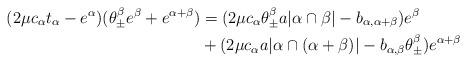
LaTeX: \begin{align*}(2\mu c_\alpha t_\alpha - e^\alpha)(\theta^\beta_\pm e^\beta + e^{\alpha+\beta}) &= (2\mu c_\alpha \theta^\beta_\pm a |\alpha \cap \beta| - b_{\alpha, \alpha+\beta})e^\beta \\& + (2 \mu c_\alpha a | \alpha \cap (\alpha + \beta)| - b_{\alpha, \beta}\theta^\beta_\pm) e^{\alpha+\beta}\end{align*}